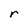
Character: r